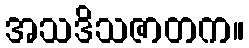
အသဒိသဇာတက။